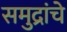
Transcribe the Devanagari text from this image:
समुद्रांचे